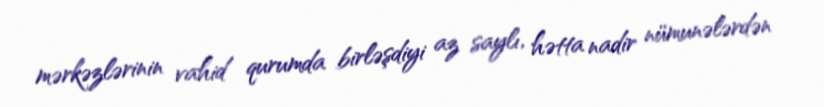
mərkəzlərinin vahid qurumda birləşdiyi az saylı, hətta nadir nümunələrdən